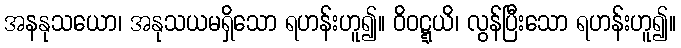
အနနုသယော၊ အနုသယမရှိသော ရဟန်းဟူ၍။ ဝိဝဋ္ဋယိ၊ လွန်ပြီးသော ရဟန်းဟူ၍။